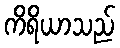
ကိရိယာသည်